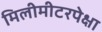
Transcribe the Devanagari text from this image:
मिलीमीटरपेक्षा